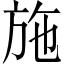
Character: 施